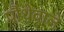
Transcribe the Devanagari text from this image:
पौधेवाले